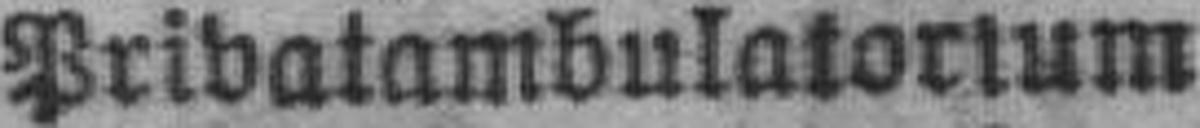
Privatambulatorium